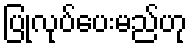
ပြုလုပ်ပေးမည်ဟု